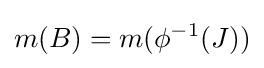
m(B)=m(\phi ^{-1}(J))